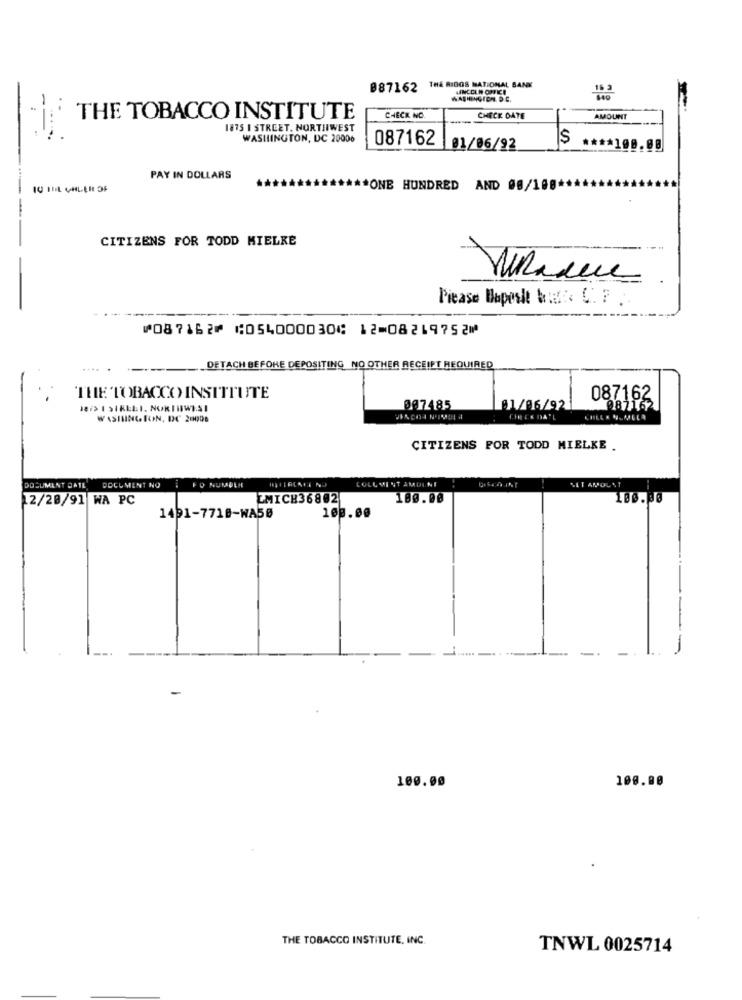
087162
THE RIGGS NATIONAL B
WASHINGTON, D.C.
THE TOBACCO INSTITUTE
CHECK NO
CHECK DATE
AMOUNT
1875 I STREET, NORTHWEST
WASHINGTON, DC 20006
087162
S
01/06/92
**** 100.00
PAY IN DOLLARS
TU I'M UHLER OF
*ONE HUNDRED AND 08/100
CITIZENS FOR TODD MIELKE
Picase Bapesle butD. C. F .
⑈087162⑈ ⑆054000030⑆ 12⑉08219752⑈
.....
DETACH BEFORE DEPOSITING NO OTHER RECEIPT REQUIRED
THE TOBACCO INSTITUTE
087162
HİIŞIKELI. NOKIIWISI
007485
81/06/92
087162
WASINGTON, DC 20008
CIRCE DA 'L
CHILLE NUMELA
CITIZENS FOR TODD MIELKE .
SIT AMOL ST
DOCUMENT DATE
DOCUMENT NO
COLLMINT AMDINI
12/28/91 WA PC
LMICH36802
180.00
180.00
108.00
1491-7718-WA50
100.00
100.00
THE TOBACCO INSTITUTE, INC.
TNWL 0025714